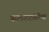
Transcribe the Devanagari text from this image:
कामगारांसोबत